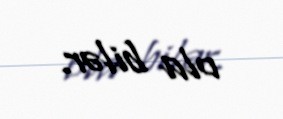
ola bilər.